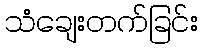
သံချေးတက်ခြင်း